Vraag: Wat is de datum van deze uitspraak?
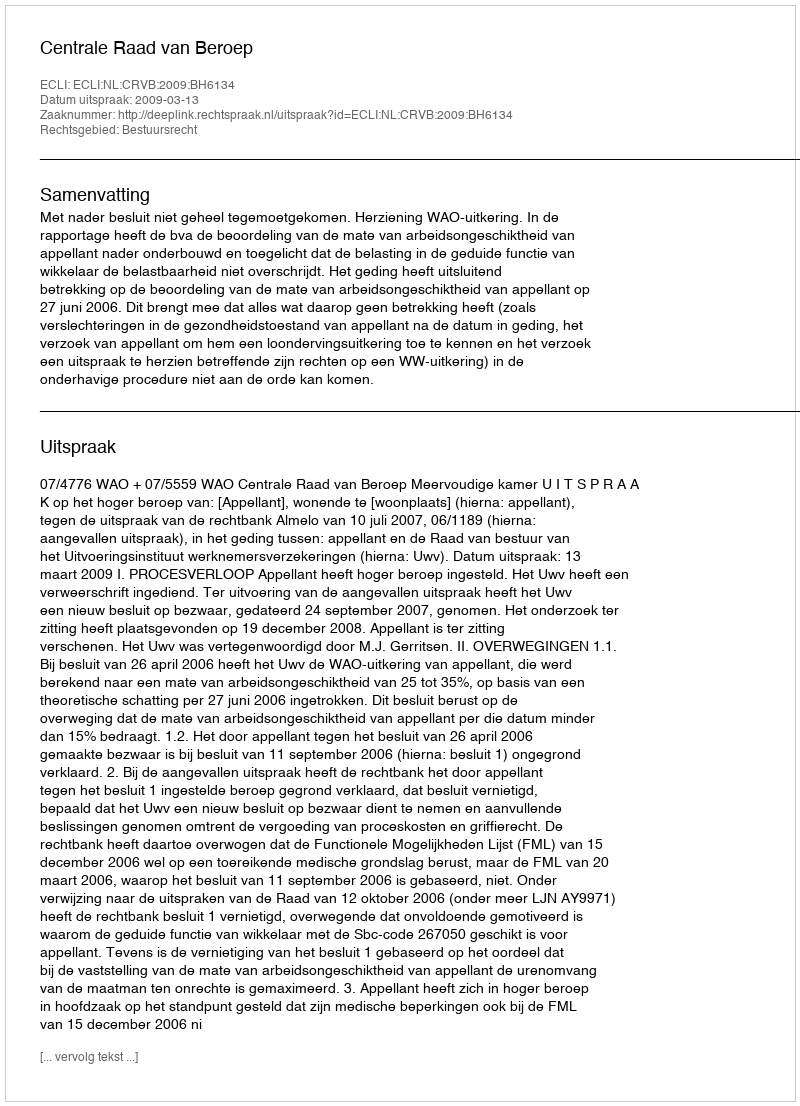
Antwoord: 2009-03-13